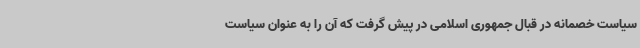
سیاست خصمانه در قبال جمهوری اسلامی در پیش گرفت که آن را به عنوان سیاست